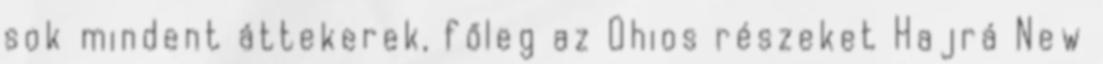
sok mindent áttekerek, főleg az Ohios részeket Hajrá New